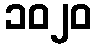
၁၀၂၀